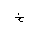
Letter: _kha